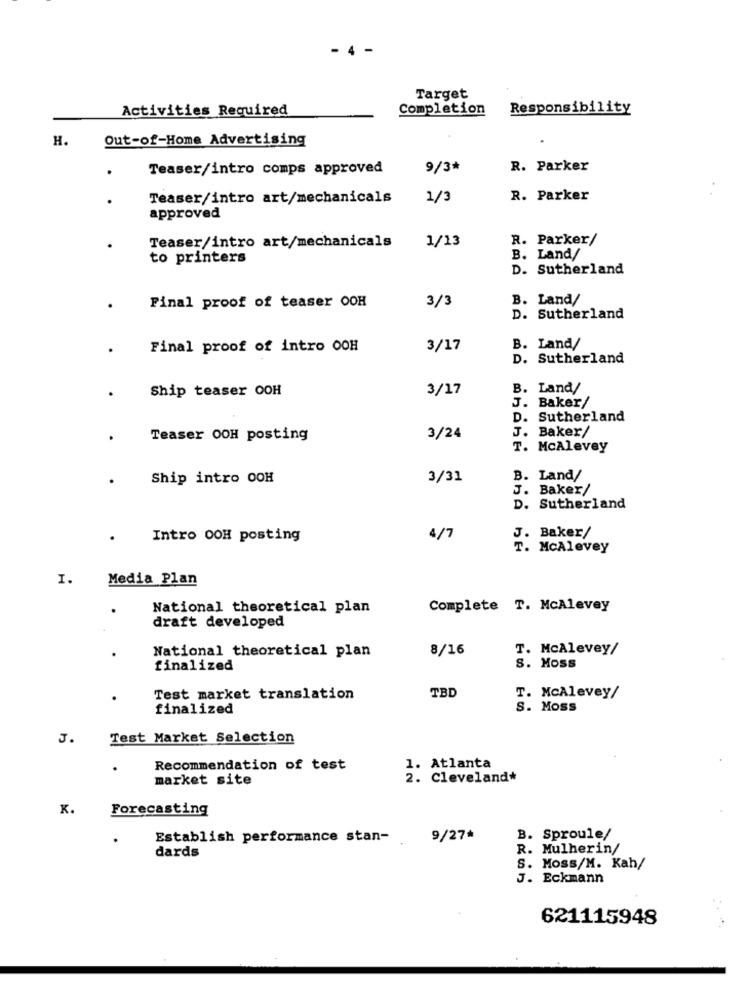
- 4 -
Target
Activities Required
Completion
Responsibility
H.
Out-of-Home Advertising
Teaser/intro comps approved
9/3*
R. Parker
Teaser/intro art/mechanicals
1/3
R. Parker
approved
Teaser/intro art/mechanicals
R. Parker/
1/13
to printers
B. Land/
D. Sutherland
Final proof of teaser OOH
3/3
B. Land/
D. Sutherland
Final proof of intro OOH
3/17
B. Land/
D. Sutherland
Ship teaser OOH
3/17
B. Land/
J.
Baker/
D. Sutherland
J. Baker/
Teaser OOH posting
3/24
T. McAlevey
Ship intro OOH
3/31
B. Land/
J. Baker/
D. Sutherland
J. Baker/
Intro OOH posting
4/7
T. McAlevey
I.
Media Plan
National theoretical plan
Complete T. McAlevey
draft developed
National theoretical plan
8/16
T. McAlevey/
finalized
s. Moss
TBD
Test market translation
T. McAlevey/
finalized
S. Moss
J.
Test Market Selection
Recommendation of test
1. Atlanta
market site
2. Cleveland*
K.
Forecasting
Establish performance stan-
9/27*
B. Sproule/
dards
R. Mulherin/
S. Moss/M. Kah/
J. Eckmann
621115948